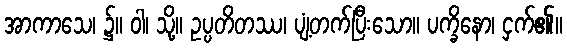
အာကာသေ၊ ၌။ ဝါ၊ သို့။ ဥပ္ပတိတဿ၊ ပျံ့တက်ပြီးသော။ ပက္ခိနော၊ ငှက်၏။